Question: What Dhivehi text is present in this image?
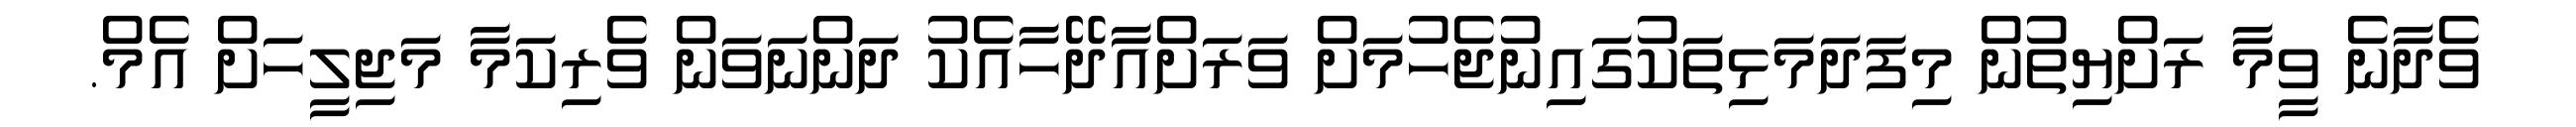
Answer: ވެދާނެ ވީމާ ރަށްޔިތުން މިފަދަމަޅިތަކުގައިނުޖެހުމަށް ވަރަށްއާދޭހާއެކު ދަންނަވަން ވެރިކަމާ މަޖިލީހަށް އެމް.